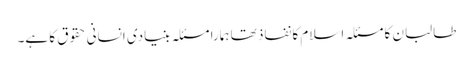
طالبان کا مسئلہ اسلام کا نفاذ تھا ہمارا مسئلہ بنیادی انسانی حقوق کا ہے۔